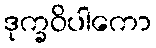
ဒုက္ခဝိပါကော